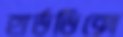
হার্ডডিক্সে